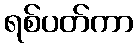
ရစ်ပတ်ကာ